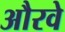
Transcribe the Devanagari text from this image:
औरवे